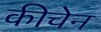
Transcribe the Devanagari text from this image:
कीचेन